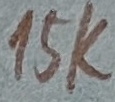
Text: 15K